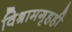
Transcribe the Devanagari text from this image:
विश्रामगृहही